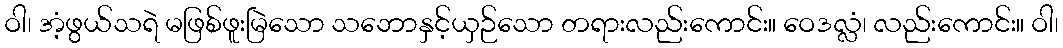
ဝါ၊ အံ့ဖွယ်သရဲ မဖြစ်ဖူးမြဲသော သဘောနှင့်ယှဉ်သော တရားလည်းကောင်း။ ဝေဒလ္လံ၊ လည်းကောင်း။ ဝါ၊